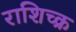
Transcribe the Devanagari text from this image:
राशिच्क्र